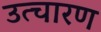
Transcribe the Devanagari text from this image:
उत्चारण